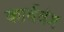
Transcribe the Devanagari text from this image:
कार्बवंग